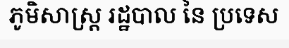
ភូមិសាស្ត្រ រដ្ឋបាល នៃ ប្រទេស